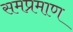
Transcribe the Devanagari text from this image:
समप्रमाण